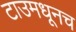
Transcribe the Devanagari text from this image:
टाउमधूनच